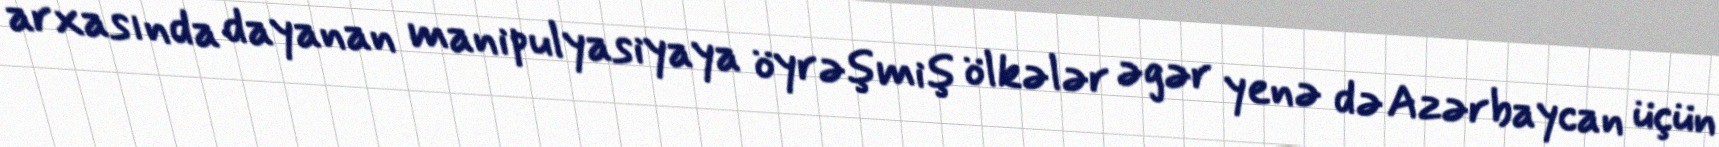
arxasında dayanan manipulyasiyaya öyrəşmiş ölkələr əgər yenə də Azərbaycan üçün